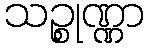
သဉ္စုဏ္ဏာ